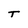
Character: T